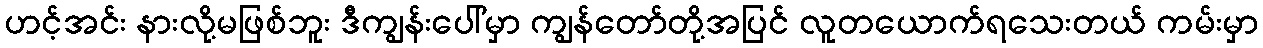
ဟင့်အင်း နားလို့မဖြစ်ဘူး ဒီကျွန်းပေါ်မှာ ကျွန်တော်တို့အပြင် လူတယောက်ရသေးတယ် ကမ်းမှာ